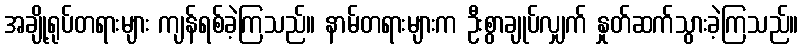
အချို့ရုပ်တရားများ ကျန်ရစ်ခဲ့ကြသည်။ နာမ်တရားများက ဦးစွာချုပ်လျှက် နှုတ်ဆက်သွားခဲ့ကြသည်။